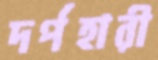
দর্পহারী